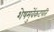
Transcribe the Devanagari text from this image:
शेषमुवेंकटपति